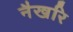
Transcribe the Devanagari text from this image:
नैखरि